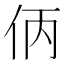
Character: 㑂